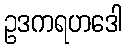
ဥဒကရဟဒေါ